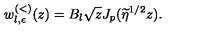
w _ { l , \epsilon } ^ { ( < ) } ( z ) = B _ { l } \sqrt { z } J _ { p } ( \widetilde { \eta } ^ { 1 / 2 } z ) .